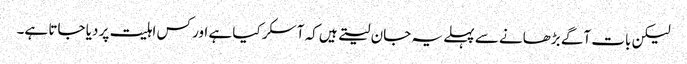
لیکن بات آگے بڑھانے سے پہلے یہ جان لیتے ہیں کہ آسکر کیا ہے اور کس اہلیت پر دیا جاتا ہے۔